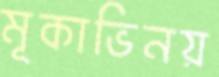
মূকাভিনয়